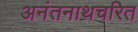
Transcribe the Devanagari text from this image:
अनंतनाथचरित